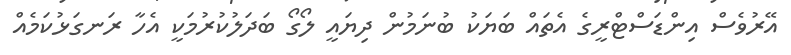
އޭރުވެސް އިންޑަސްޓްރީގެ އެތައް ބަޔަކު ބުނަމުން ދިޔައީ ލޯގޯ ބަދަލުކުރުމަކީ އެހާ ރަނގަޅުކަމެއް